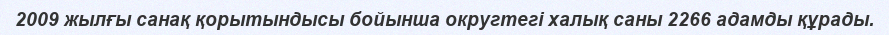
2009 жылғы санақ қорытындысы бойынша округтегі халық саны 2266 адамды құрады.